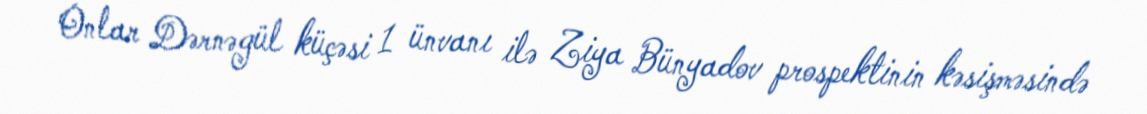
Onlar Dərnəgül küçəsi 1 ünvanı ilə Ziya Bünyadov prospektinin kəsişməsində